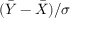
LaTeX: ( { \bar { Y } } - { \bar { X } } ) / \sigma